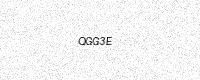
Text: QGG3E